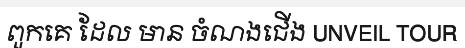
ពួកគេ ដែល មាន ចំណងជើង UNVEIL TOUR